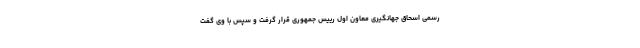
رسمی اسحاق جهانگیری معاون اول رییس جمهوری قرار گرفت و سپس با وی گفت